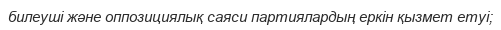
билеуші және оппозициялық саяси партиялардың еркін қызмет етуі;